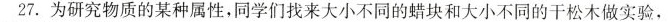
27.为研究物质的某种属性，同学们找来大小不同的蜡块和大小不同的干松木做实验，